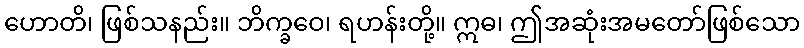
ဟောတိ၊ ဖြစ်သနည်း။ ဘိက္ခဝေ၊ ရဟန်းတို့။ ဣဓ၊ ဤအဆုံးအမတော်ဖြစ်သော